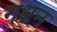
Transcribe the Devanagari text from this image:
नधन